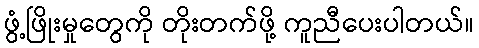
ဖွံ့ဖြိုးမှုတွေကို တိုးတက်ဖို့ ကူညီပေးပါတယ်။